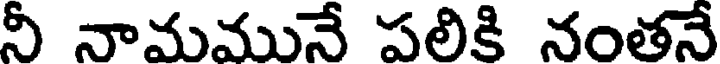
నీ నామమునే పలికి నంతనే